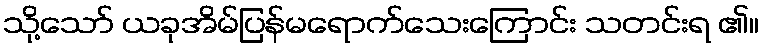
သို့သော် ယခုအိမ်ပြန်မရောက်သေးကြောင်း သတင်းရ ၏။